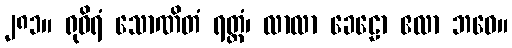
၂၈၁။ ရုဓိရံ သောဏိတံ ရတ္တံ၊ လာလာ ခေဠော ဧလာ ဘဝေ။